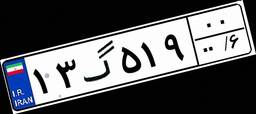
۱۳گ۵۱۹۰۰